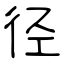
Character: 径